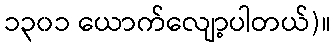
၁၃၀၁ ယောက်လျော့ပါတယ်)။